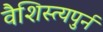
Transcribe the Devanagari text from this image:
वैशिस्त्यपुर्न